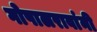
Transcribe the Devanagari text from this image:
गोपालरावांनी